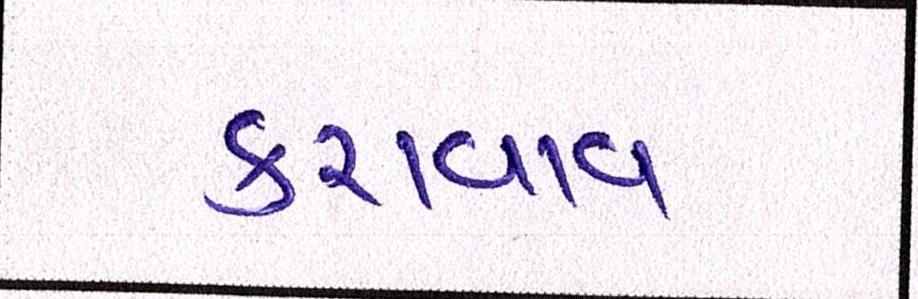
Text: કરાવાવ